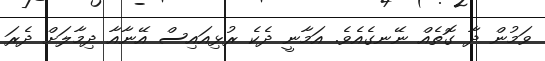
ވަމުން ދާ ގޮތެއް ނޭނގެއެވެ. އަމާނީ ދެކެ ރުޅިއައިސް އޭނާއާ ދިމާލަށް ދެރަ